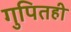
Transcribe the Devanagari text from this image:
गुपितही